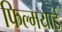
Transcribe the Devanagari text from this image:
फिल्मयार्ड